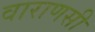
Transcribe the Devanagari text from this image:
वाराणसी